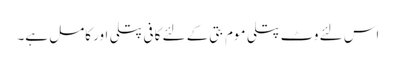
اس لئے وٹ پتلی موم بتی کے لئے کافی پتلی اور کامل ہے۔